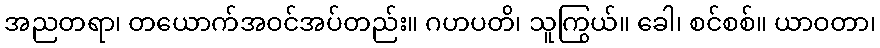
အညတရာ၊ တယောက်အဝင်အပ်တည်း။ ဂဟပတိ၊ သူကြွယ်။ ခေါ၊ စင်စစ်။ ယာဝတာ၊